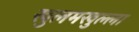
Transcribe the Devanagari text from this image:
खुलमखुल्ला